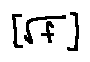
[ \sqrt { f } ]